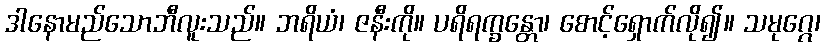
ဒါနောမည်သောဘီလူးသည်။ ဘရိယံ၊ ဇနီးကို။ ပရိရက္ခန္တော၊ စောင့်ရှောက်လို၍။ သမုဂ္ဂေ၊